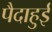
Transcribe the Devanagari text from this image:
पैदाहुई